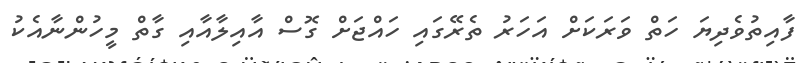
ފާއިތުވެދިޔަ ހަތް ވަރަކަށް އަހަރު ތެރޭގައި ހައްޖަށް ގޮސް އާއިލާއާއި ގާތް މީހުންނާއެކު